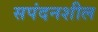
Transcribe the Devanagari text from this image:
सपंदनशील